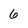
Character: 6